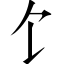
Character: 饣